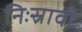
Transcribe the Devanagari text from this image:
निःस्रावी